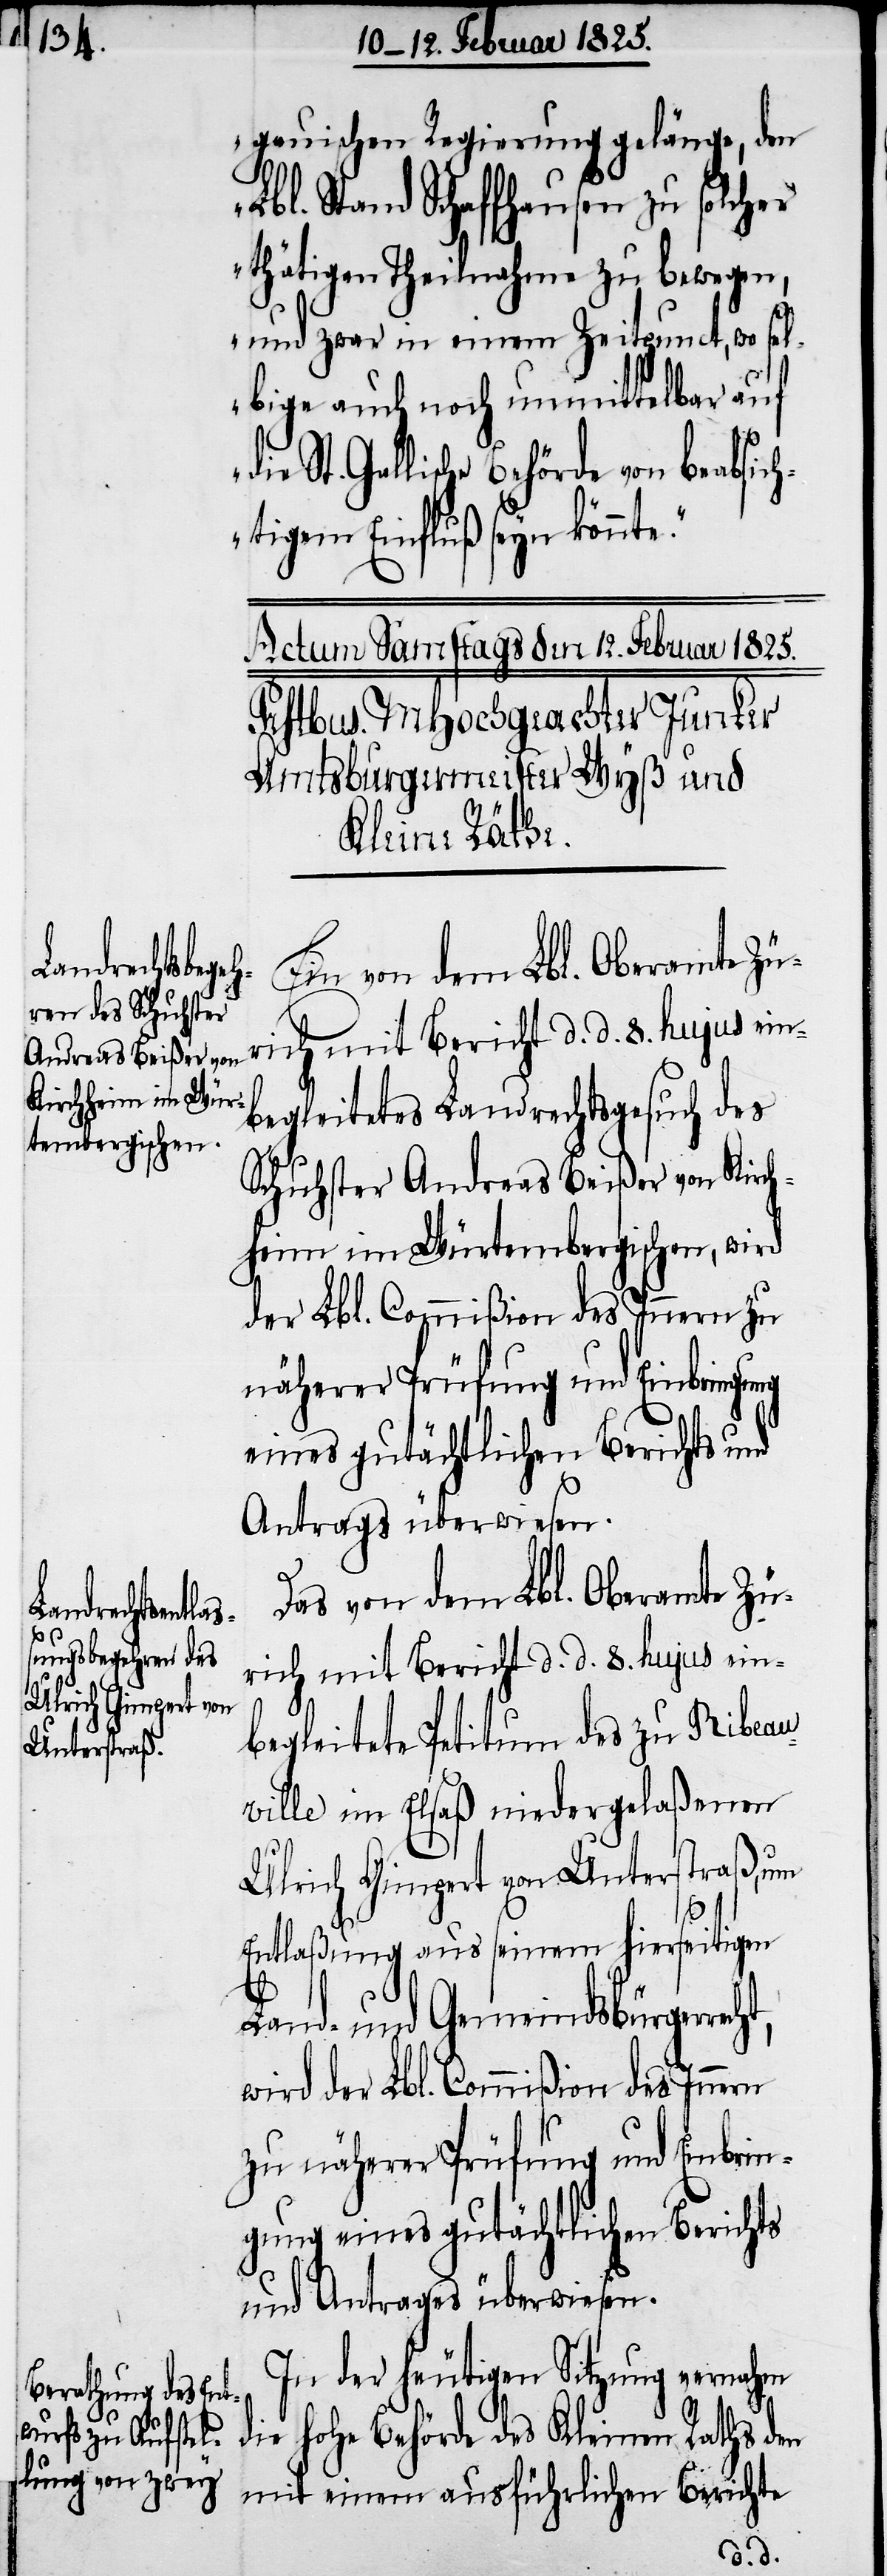
recht,

gauischen Regierung gelänge, den
Lbl. Stand Schaffhausen zu solcher
thätigen Theilnahme zu bewegen,
und zwar in einem Zeitpunct, wo sel¬
bige auch noch unmittelbar auf
St. Gallische Behörde von beabsic¬
htigem Einfluß seyn könnte.“
Ein von dem Lbl. Oberamte Zü¬
rich mit Bericht d. d. 8. hujus ein¬
begleitetes Landrechtsgesuch des
Schuhster Andreas Beißer von Kirch¬
heim im Würtembergischen, wird
der Lbl. Commißion des Innern zu
näherer Prüfung und Einbringung
eines gutächtlichen Berichts und
Antrags überwiesen.
Das von dem Lbl. Oberamte Zü¬
rich mit Bericht d. d. 8. hujus ein¬
begleitete Petitum des zu Ribeau¬
ville im Elsaß niedergelaßenen
Ulrich Gimpert von Unterstraß, um
Entlaßung aus seinem hierseitigen
Land- und Gemeindsbürger¬
wird der Lbl. Commißion des Innern
zu näherer Prüfung und Einbrin¬
gung eines gutächtlichen Berichts
und Antrages überwiesen.
In der heutigen Sitzung vernahm
die hohe Behörde des Kleinen Raths den
mit einem ausführlichen Berichte